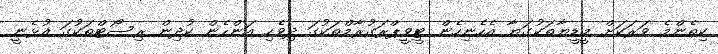
ކިތެންމެ ވަރަކަށް މީޑީޔާތަކުގަޔާ އެހެނިހެން ޓީވީޕްރަގުރާމްތަކުގަ ދިވެހި އަންހެން ކުދިން ރިސޯޓްތަކުގަ އުޅެނީ